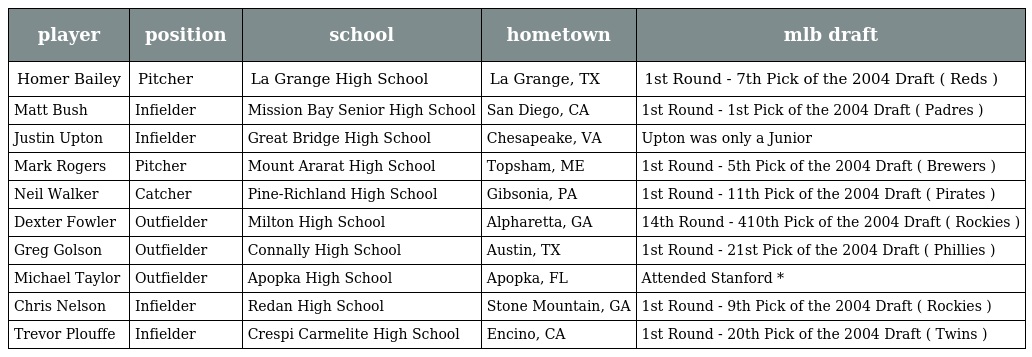
| player | position | school | hometown | mlb draft |
 | --- | --- | --- | --- | --- |
 | Homer Bailey | Pitcher | La Grange High School | La Grange, TX | 1st Round - 7th Pick of the 2004 Draft ( Reds ) |
 | Matt Bush | Infielder | Mission Bay Senior High School | San Diego, CA | 1st Round - 1st Pick of the 2004 Draft ( Padres ) |
 | Justin Upton | Infielder | Great Bridge High School | Chesapeake, VA | Upton was only a Junior |
 | Mark Rogers | Pitcher | Mount Ararat High School | Topsham, ME | 1st Round - 5th Pick of the 2004 Draft ( Brewers ) |
 | Neil Walker | Catcher | Pine-Richland High School | Gibsonia, PA | 1st Round - 11th Pick of the 2004 Draft ( Pirates ) |
 | Dexter Fowler | Outfielder | Milton High School | Alpharetta, GA | 14th Round - 410th Pick of the 2004 Draft ( Rockies ) |
 | Greg Golson | Outfielder | Connally High School | Austin, TX | 1st Round - 21st Pick of the 2004 Draft ( Phillies ) |
 | Michael Taylor | Outfielder | Apopka High School | Apopka, FL | Attended Stanford * |
 | Chris Nelson | Infielder | Redan High School | Stone Mountain, GA | 1st Round - 9th Pick of the 2004 Draft ( Rockies ) |
 | Trevor Plouffe | Infielder | Crespi Carmelite High School | Encino, CA | 1st Round - 20th Pick of the 2004 Draft ( Twins ) |